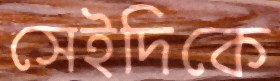
সেইদিকে